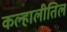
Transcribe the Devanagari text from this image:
कल्हालीतिल